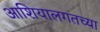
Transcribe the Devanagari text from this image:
आशियालगतच्या